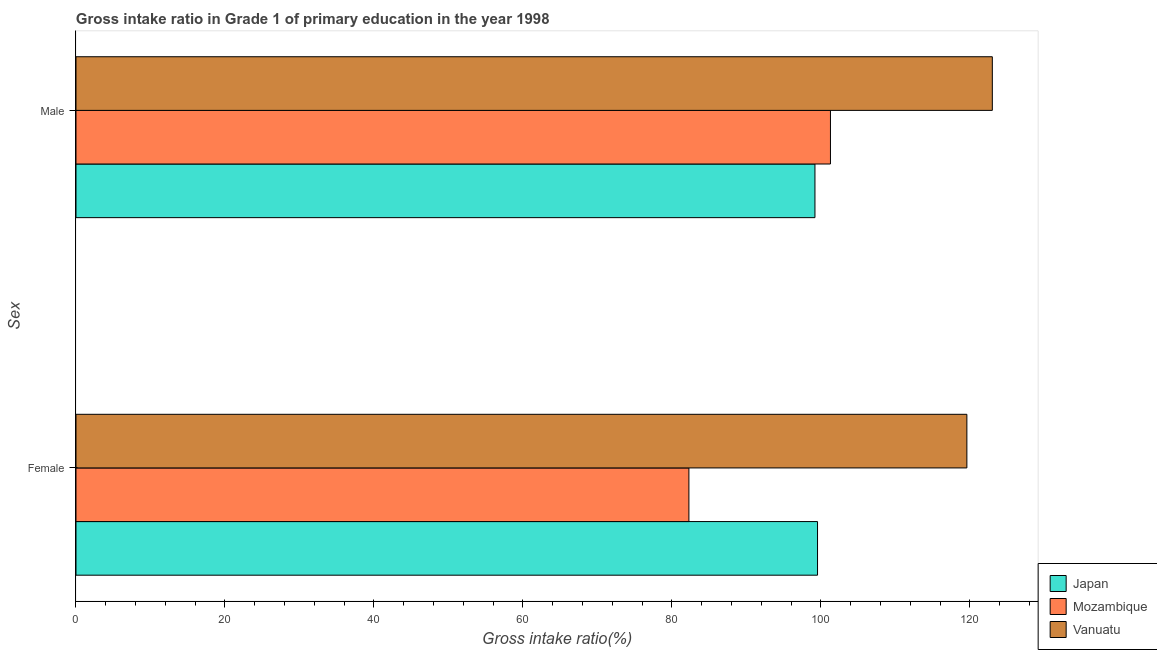
| Sex | Japan | Mozambique | Vanuatu |
 | --- | --- | --- | --- |
 | Female | 99.6 | 82.3 | 120 |
 | Male | 99.2 | 101 | 123 |